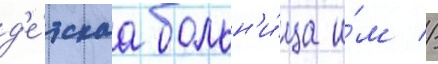
д'е́тскаа больн'и́ца и́м //